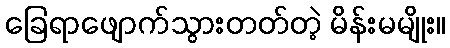
ခြေရာဖျောက်သွားတတ်တဲ့ မိန်းမမျိုး။